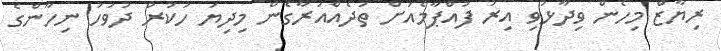
ރިޔާޒް މިހެން ވިދާޅުވި އިރު ފުއްޕާމެއަށް ތަދެއްއަރާގެން މިދިޔަ ހުކުރު ދުވަހު ނިހާންގެ